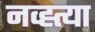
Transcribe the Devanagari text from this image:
नव्ह्त्या